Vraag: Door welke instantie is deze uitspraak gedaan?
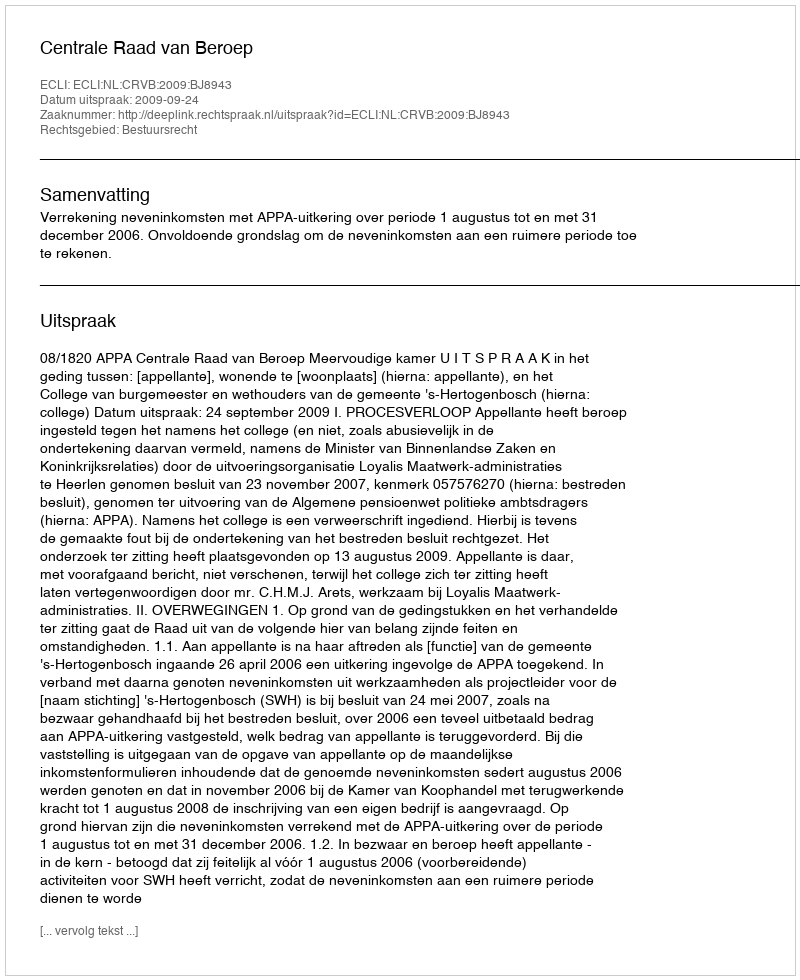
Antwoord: Centrale Raad van Beroep